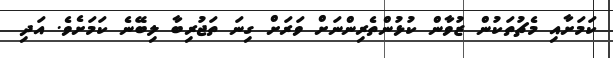
ކަމަށާއި މެޗުތަކުން ޒުވާން ކުޅުންތެރިންނަށް ވަރަށް ގިނަ ތަޖުރިބާ ލިބޭނެ ކަމަށެވެ. އަދި